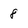
Character: 8